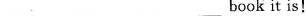
___ ___bookit is!